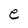
Character: e